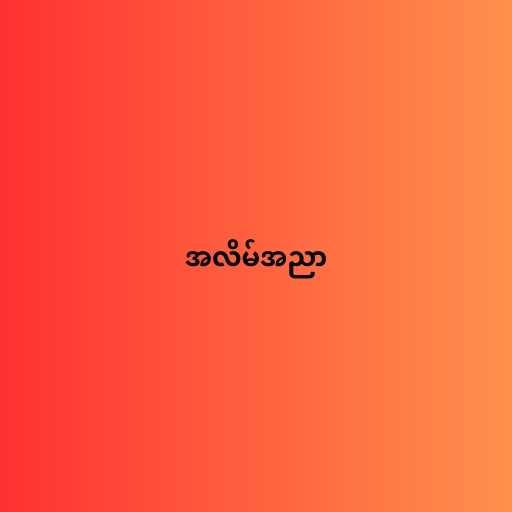
အလိမ်အညာ